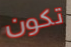
تكون